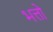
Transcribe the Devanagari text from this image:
भत्तो